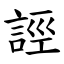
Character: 誙